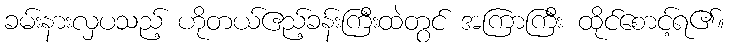
ခမ်းနားလှပသည့် ဟိုတယ်ဧည့်ခန်းကြီးထဲတွင် အကြာကြီး ထိုင်စောင့်ရ၏။